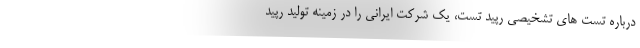
درباره تست های تشخیصی رپید تست، یک شرکت ایرانی را در زمینه تولید رپید